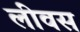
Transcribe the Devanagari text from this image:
लीवस